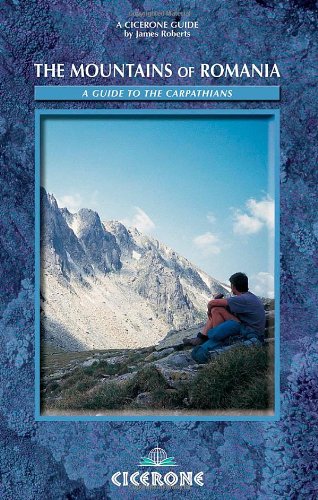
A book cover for The Mountains of Romania (Cicerone Mountain Guide); James Roberts; Travel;